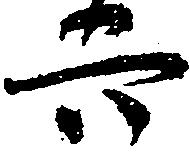
六